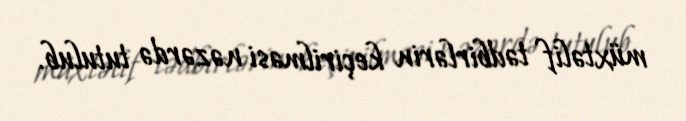
müxtəlif tədbirlərin keçirilməsi nəzərdə tutulub.